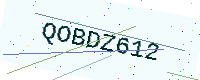
Text: QOBDZ612